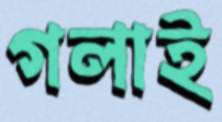
গলাই